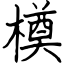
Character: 橂